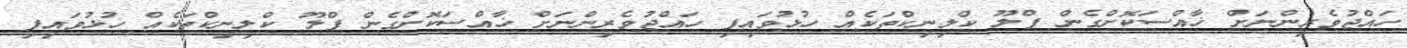
ހައްޖުވެރިންނަށް ޚާއްސަކޮށްގެން ފްލޫ ކްލިނިކްތަކެއް ހުޅުވައިފި ހައްޖުވެރިންނަށް ޚާއްސަކޮށްގެން ފްލޫ ކްލިނިކްތަކެއް ހުޅުވައިފި